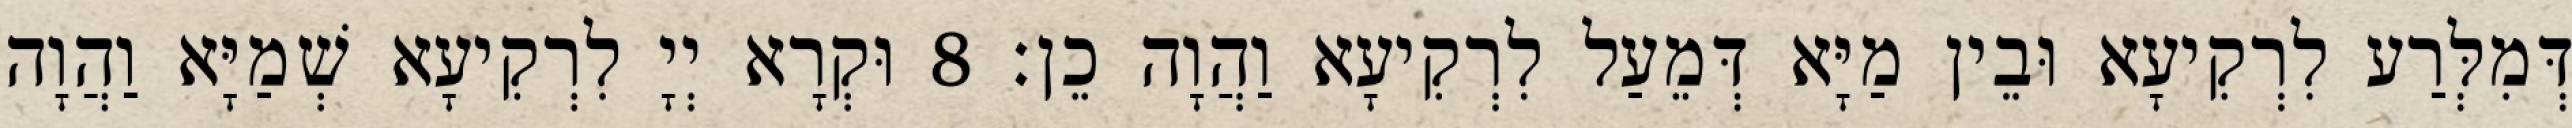
דְּמִלְּרַע לִרְקִיעָא וּבֵין מַיָּא דְּמֵעַל לִרְקִיעָא וַהֲוָה כֵן׃ 8 וּקְרָא יְיָ לִרְקִיעָא שְׁמַיָּא וַהֲוָה